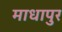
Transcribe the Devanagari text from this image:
माधापुर